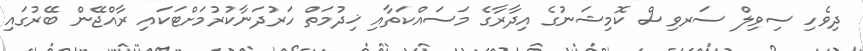
ދިވެހި ސިވިލް ސަރވިސް ކޮމިޝަނުގެ އިދާރާގެ މަސައްކަތާއި ޚިދުމަތް ހަރުދަނާކުރުމަށްޓަކައި ރާއްޖޭން ބޭރުގައި